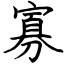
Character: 寡